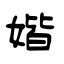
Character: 媘